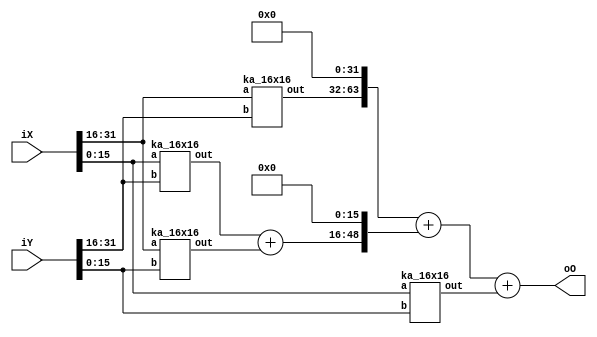
//Organisation: IIIT Bangalore

module ka #(
parameter wI = 32,
parameter wO = 2 * wI
)
(
input [wI-1:0]    iX,
input [wI-1:0]    iY,
output [wO-1:0]    oO
);

localparam wI_pt = wI / 2;

wire   [wI_pt-1:0] X_hi, X_lo;
wire   [wI_pt-1:0] Y_hi, Y_lo;

assign  {X_hi, X_lo} = iX;
assign  {Y_hi, Y_lo} = iY;

wire [31 : 0] ac,bc,ad,bd;
wire [63 : 0] t1,t2;
wire [48 : 0] psum;

ka_16x16 i1(.a(X_hi),.b(Y_hi),.out(ac));
ka_16x16 i2(.a(X_lo),.b(Y_hi),.out(bc));
ka_16x16 i3(.a(X_hi),.b(Y_lo),.out(ad));
ka_16x16 i4(.a(X_lo),.b(Y_lo),.out(bd));

assign t2 = bd;
assign psum = (bc+ad) << 16;
assign t1 = {ac,32'b0};

assign oO = t1 + psum + t2;


endmodule

module ka_16x16(
    input [15:0] a,
    input [15:0] b,
    output [31:0] out
    );
    
    wire [15:0] ac,bc,ad,bd;
    wire [31:0] t1,t2;
    wire [24:0] psum;
    
  ka_8x8 i1(.a(a[15:8]),.b(b[15:8]),.out(ac));
  ka_8x8 i2(.a(a[7:0]),.b(b[15:8]),.out(bc));
  ka_8x8 i3(.a(a[15:8]),.b(b[7:0]),.out(ad));
  ka_8x8 i4(.a(a[7:0]),.b(b[7:0]),.out(bd));
  assign t2= bd;
  assign psum = (bc+ad) << 8;
  assign t1={ac,16'b0000000000000000};
  assign out= t1+t2+psum;
endmodule

module ka_8x8(
    input [7:0] a,
    input [7:0] b,
    output [15:0] out
    );
    
    wire [7:0] ac,bc,ad,bd;
    wire [15:0] t1,t2;
    wire [12:0] psum;
    
  ka_4x4 m1(.a(a[7:4]),.b(b[7:4]),.out(ac));
  ka_4x4 m2(.a(a[3:0]),.b(b[7:4]),.out(bc));
  ka_4x4 m3(.a(a[7:4]),.b(b[3:0]),.out(ad));
  ka_4x4 m4(.a(a[3:0]),.b(b[3:0]),.out(bd));
  assign t2= bd;
  assign psum = (bc+ad) << 4;
  assign t1={ac,8'b0000};
  assign out= t1+t2+psum;
endmodule

module ka_4x4(
    input [3:0] a,
    input [3:0] b,
    output [7:0] out
    );
    wire [3:0] ac,bc,ad,bd;
    wire [7:0] t1,t2;
    wire [6:0] psum;
    
  ka_2x2 m1(.a(a[3:2]),.b(b[3:2]),.out(ac));
  ka_2x2 m2(.a(a[1:0]),.b(b[3:2]),.out(bc));
  ka_2x2 m3(.a(a[3:2]),.b(b[1:0]),.out(ad));
  ka_2x2 m4(.a(a[1:0]),.b(b[1:0]),.out(bd));
  assign t2= bd;
  assign psum = (bc+ad) << 2;
  assign t1={ac,4'b0000};
  assign out= t1+t2+psum;
  
endmodule

module ka_2x2(
    input [1:0] a,
    input [1:0] b,
    output [3:0] out
    );
    wire temp;
    assign out[0]= a[0]&b[0];
    assign out[1]= (a[1]&b[0])^(a[0]&b[1]);
    assign temp =  (a[1]&b[0])&(a[0]&b[1]);
    assign out[2]= temp ^(a[1]&b[1]);
    assign out[3]= temp &(a[1]&b[1]);
endmodule